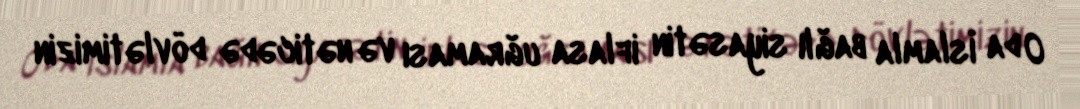
O da İslamla bağlı siyasətin iflasa uğraması və nəticədə dövlətimizin